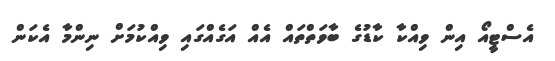
އެސްޓީއޯ އިން ވިއްކާ ކާޑުގެ ބާވަތްތައް އެއް އަގެއްގައި ވިއްކުމަށް ނިންމާ އެކަން